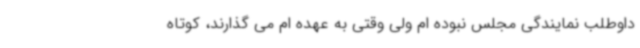
داوطلب نمایندگی مجلس نبوده ام ولی وقتی به عهده ام می گذارند، کوتاه